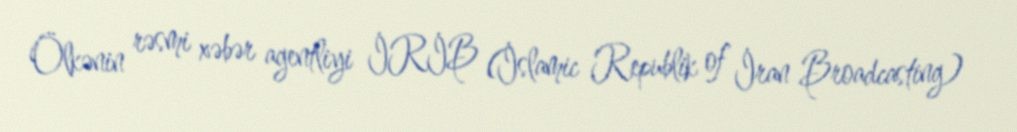
Ölkənin rəsmi xəbər agentliyi İRİB (İslamic Republik of İran Broadcasting)